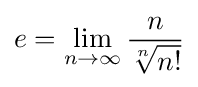
e=\lim _{n\to \infty }{\frac {n}{\sqrt[{n}]{n!}}}